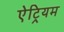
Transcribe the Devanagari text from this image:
ऐट्रियम